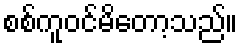
စစ်ကူဝင်မိတော့သည်။